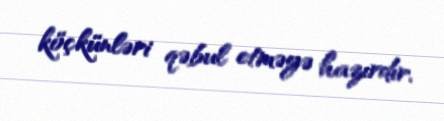
köçkünləri qəbul etməyə hazırdır.